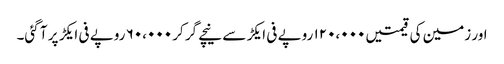
اور زمین کی قیمتیں ۱۲۰،۰۰۰ روپے فی ایکڑ سے نیچے گر کر ۶۰،۰۰۰ روپے فی ایکڑ پر آ گئی۔